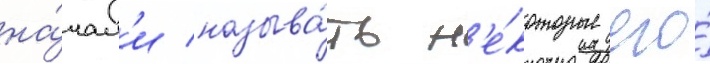
на́чал'и называ́ть н'е́которые его́